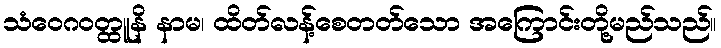
သံဝေဂဝတ္ထူနိ နာမ၊ ထိတ်လန့်စေတတ်သော အကြောင်းတို့မည်သည်။